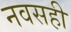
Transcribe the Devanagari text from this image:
नवसही